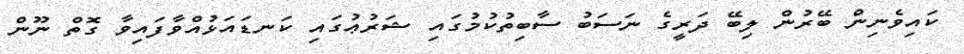
ކައިވެނިން ބޭރުން ލިބޭ ދަރީގެ ނަސަބު ސާބިތުކުމުގައި ޝަރުޢުގައި ކަނޑައަޅުއްވާފައިވާ ގޮތް ނޫން